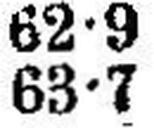
63•7